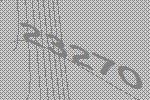
23270